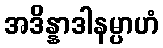
အဒိန္နာဒါနမ္ပာဟံ